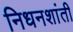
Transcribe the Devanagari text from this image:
निधनशांती